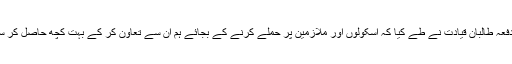
لیکن اس دفعہ طالبان قیادت نے طے کیا کہ اسکولوں اور ملازمین پر حملے کرنے کے بجائے ہم ان سے تعاون کر کے بہت کچھ حاصل کر سکتے ہیں۔